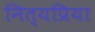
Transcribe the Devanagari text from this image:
नित्यप्रिया